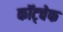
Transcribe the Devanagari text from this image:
कॉट्चेफ